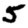
Digit: 5